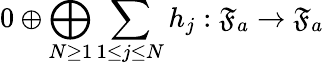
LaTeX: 0\oplus\bigoplus_{N\ge 1}\sum_{1\le j\le N}h_{j}:\mathfrak{F}_{a}\to\mathfrak{F}_{a}